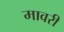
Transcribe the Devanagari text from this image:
मावरी